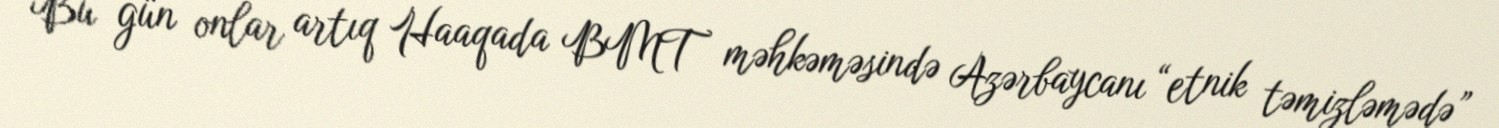
Bu gün onlar artıq Haaqada BMT məhkəməsində Azərbaycanı “etnik təmizləmədə”